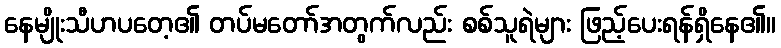
နေမျိုးသီဟပတေ့၏ တပ်မတော်အတွက်လည်း စစ်သူရဲများ ဖြည့်ပေးရန်ရှိနေ၏။